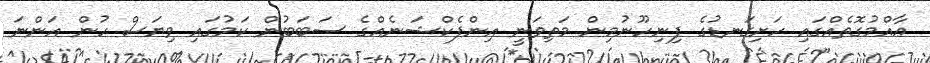
ޢާއްމުގޮތެއްގައި ހަށިގަނޑުގެ ފިނިހޫނުމިން މަތިވަނީ އިންފެކްޝަނެއްގެ ސަބަބުން ކަމުގައި ވިޔަސް ހުން އަންނަ